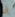
بى